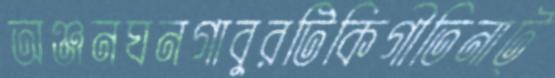
অঞ্জনঘনগাবুরটিকিগীতিনাট্